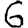
Digit: 6